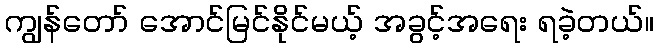
ကျွန်တော် အောင်မြင်နိုင်မယ့် အခွင့်အရေး ရခဲ့တယ်။